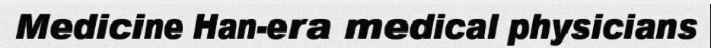
Medicine Han-era medical physicians